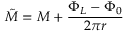
\tilde { M } = M + \frac { \Phi _ { L } - \Phi _ { 0 } } { 2 \pi r }